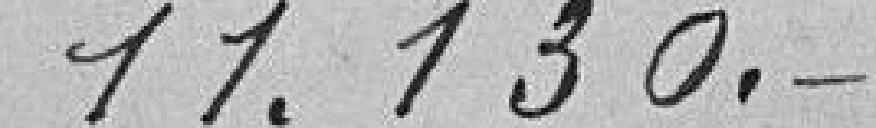
11.130.